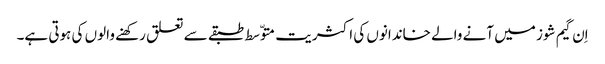
اِن گیم شوز میں آنے والے خاندانوں کی اکثریت متوّسط طبقے سے تعلق رکھنے والوں کی ہوتی ہے۔